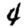
Digit: 4